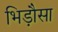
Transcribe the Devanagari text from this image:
भिड़ौसा